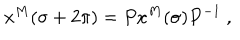
x ^ { M } ( \sigma + 2 \pi ) = P x ^ { M } ( \sigma ) P ^ { - 1 } ~ ,